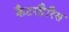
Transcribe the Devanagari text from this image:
कैटरहैरिस